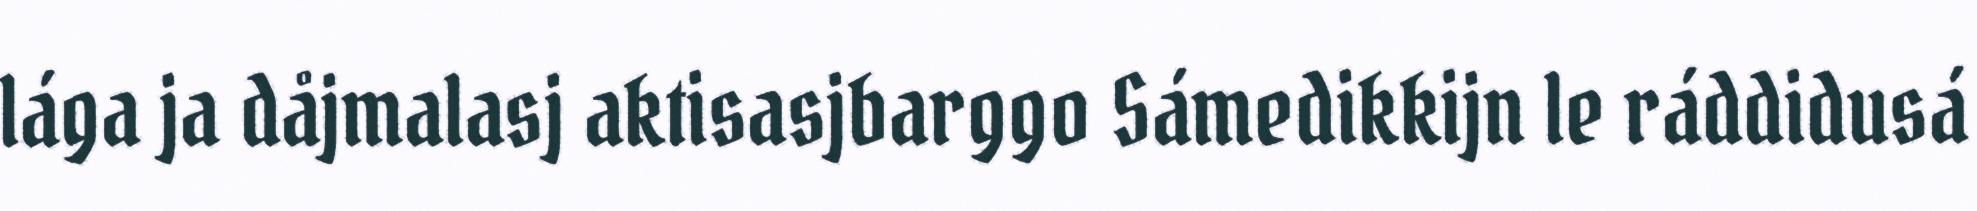
lága ja dåjmalasj aktisasjbarggo Sámedikkijn le ráddidusá